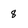
Character: 8